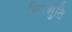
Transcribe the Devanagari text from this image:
सिरशुति